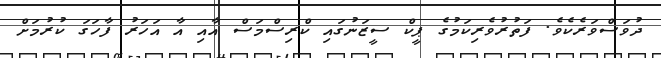
ދުވަސްވަރެކެވެ. ފަތުރުވެރިކަމުގެ ޕީކް ސީޒަނުގައި ކްރިސްމަސް އާއި އާ އަހަރު ފާހަގަ ކުރުމަށް